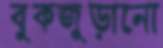
বুকজুড়ানো